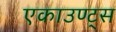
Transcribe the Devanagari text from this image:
एकाउण्‍ट्स